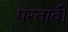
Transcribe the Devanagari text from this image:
परतावी